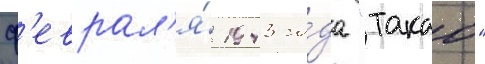
ф'еврал'я́ 1943 го́да "такао"